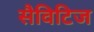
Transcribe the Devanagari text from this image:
सैविटिज